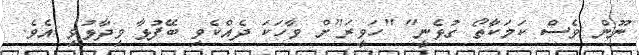
ނޫން ވެސް ކަމަކާތޯ ގުޅެނީ" "ހަވީރަ"ށް ވާހަކަ ދެއްކެވި ބޭފުޅާ ވިދާޅުވި އެވެ.